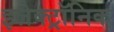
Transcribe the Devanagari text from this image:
इलेक्‍ट्रॉनिक